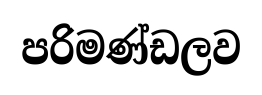
පරිමණ්ඩලව